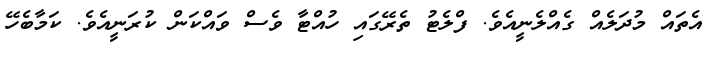
އެތައް މުދަލެއް ގެއްލެނީއެވެ. ފްލެޓު ތެރޭގައި ހުއްޓާ ވެސް ވައްކަން ކުރަނީއެވެ. ކަމާބެހޭ